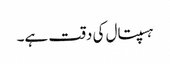
ہسپتال کی دقت ہے۔